Plague in India, 1896, 1897 - Volume 2
Year: 1896
Disease focus: Plague
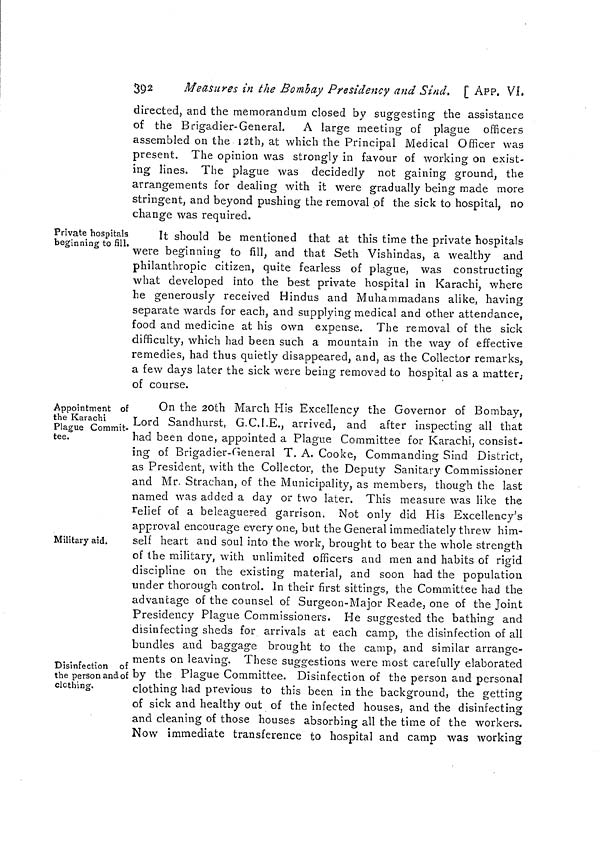
392
Measures in the Bombay Presidency and Sind, [ APP. VI.
directed, and the memorandum closed by suggesting the assistance
of the Brigadier-General. A large meeting of plague officers
assembled on the 12th, at which the Principal Medical Officer was
present. The opinion was strongly in favour of working on exist-
ing lines. The plague was decidedly not gaining ground, the
arrangements for dealing with it were gradually being made more
stringent, and beyond pushing the removal of the sick to hospital, no
change was required.
Private hospitals
beginning to fill.
It should be mentioned that at this time the private hospitals
were beginning to fill, and that Seth Vishindas, a wealthy and
philanthropic citizen, quite fearless of plague, was constructing
what developed into the best private hospital in Karachi, where
he generously received Hindus and Muhammadans alike, having
separate wards for each, and supplying medical and other attendance,
food and medicine at his own expense. The removal of the sick
difficulty, which had been such a mountain in the way of effective
remedies, had thus quietly disappeared, and, as the Collector remarks,
a few days later the sick were being removed to hospital as a matter,
of course.
Appointment of
the Karachi
Plague Commit-
tee.
On the 2Oth March His Excellency the Governor of Bombay,
Lord Sandhurst, G.C.I.E., arrived, and after inspecting all that
had been done, appointed a Plague Committee for Karachi, consist-
ing of Brigadier-General T. A. Cooke, Commanding Sind District,
as President, with the Collector, the Deputy Sanitary Commissioner
and Mr. Strachan, of the Municipality, as members, though the last
named was added a day or two later. This measure was like the
relief of a beleaguered garrison. Not only did His Excellency's
approval encourage everyone, but the General immediately threw him-
Military aid.
self heart and soul into the work, brought to bear the whole strength
of the military, with unlimited officers and men and habits of rigid
discipline on the existing material, and soon had the population
under thorough control. In their first sittings, the Committee had the
advantage of the counsel of Surgeon-Major Reade, one of the Joint
Presidency Plague Commissioners. He suggested the bathing and
disinfecting sheds for arrivals at each camp, the disinfection of all
bundles and baggag-e brought to the camp, and similar arrange-
ments on leaving. These suggestions were most carefully elaborated
Disinfection of
the person and of
clcthing.
by the Plague Committee. Disinfection of the person and personal
clothing had previous to this been in the background, the getting
of sick and healthy out of the infected houses, and the disinfecting
and cleaning of those houses absorbing all the time of the workers.
Now immediate transference to hospital and camp was working